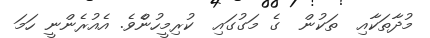
މުދާތަކާއި  ތަކުން  ގެ މަގުގައި  ކުރިމީހުންެވެ. އެއުރެންނީ ހަމަ